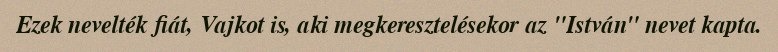
Ezek nevelték fiát, Vajkot is, aki megkeresztelésekor az "István" nevet kapta.